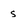
Character: s